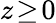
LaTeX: z\! \ge\! 0